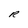
Character: R